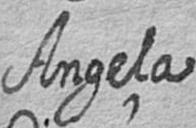
Angela